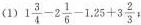
(1)$$1 \frac{3}{4}-2 \frac{1}{6}-1.25+3 \frac{2}{3}$$;